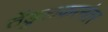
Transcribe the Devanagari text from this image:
तेंडुलकरनंतर